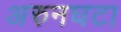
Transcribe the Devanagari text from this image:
अरुनघटा